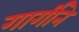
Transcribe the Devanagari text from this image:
गार्गीने